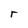
Character: r